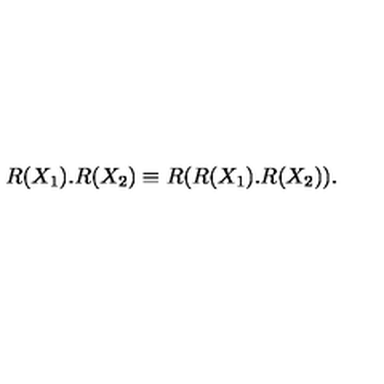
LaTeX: R ( X _ { 1 } ) . R ( X _ { 2 } ) \equiv R ( R ( X _ { 1 } ) . R ( X _ { 2 } ) ) .